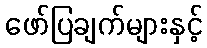
ဖော်ပြချက်များနှင့်